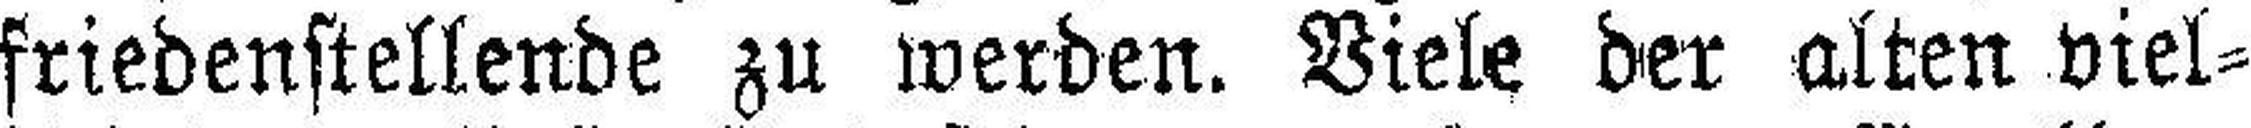
friedenstellende zu werden. Viele der alten viel¬